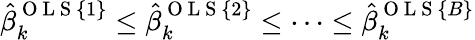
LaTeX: {\hat{\beta}_{k}^{\mathrm{~O~L~S~}\{ 1\} }\leq\hat{\beta}_{k}^{\mathrm{~O~L~S~}\{ 2\} }\leq\dots\leq\hat{\beta}_{k}^{\mathrm{~O~L~S~}\{ B\} }}